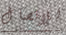
للاتصال